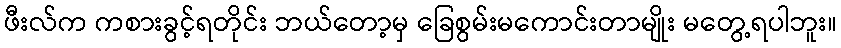
ဖီးလ်က ကစားခွင့်ရတိုင်း ဘယ်တော့မှ ခြေစွမ်းမကောင်းတာမျိုး မတွေ့ရပါဘူး။